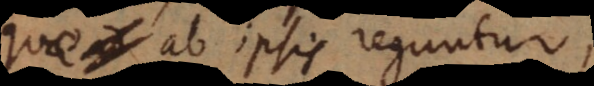
quae ab ipsis reguntur,